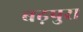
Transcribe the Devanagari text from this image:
बढ़पुरा